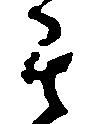
其